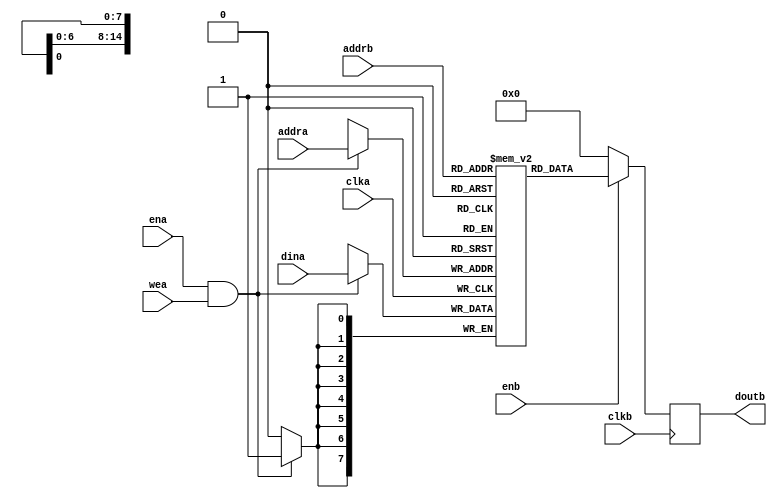
`timescale 1 ns/ 100 ps
module BLKRAM8
	(
	input [14:0]addra,
	input clka,
	input [7:0]dina,
	input ena,
	input wea,
	input clkb,
	input enb,
	input [14:0]addrb,
	output reg[7:0]doutb
	);
reg [7:0]BRAM8[32767:0];
wire [7:0]dob;
assign dob=(enb)?BRAM8[addrb]:8'b0;
initial #5 doutb<=0;

always@(posedge clka )
begin
	if(ena&wea)BRAM8[addra]<=dina;
end

always@(posedge clkb)
begin
	doutb<=dob;
end



endmodule